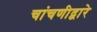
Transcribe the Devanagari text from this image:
चांचणीद्वारे